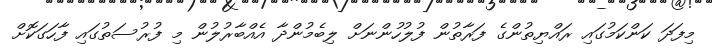
މިފަދަ ކަންކަމުގައި ރައްޔިތުންގެ ފަރާތުން ފުލުހުންނަށް ލިބެމުންދާ އެއްބާރުލުން މި ފުރުސަތުގައި ފާހަގަކޮށް